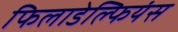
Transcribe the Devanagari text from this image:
फिलाडेल्फियंस